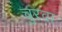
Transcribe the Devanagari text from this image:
चुरवा